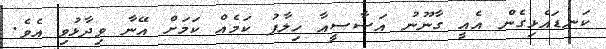
ކަނޑައެޅިގެން އެއީ ގާނޫނު އަސާސީއާ ހިލާފު ކަމެއް ކަމަށް އޭނާ ވިދާޅުވި އެވެ.